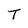
Character: T